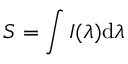
S = \int I ( \lambda ) \mathrm { d } \lambda